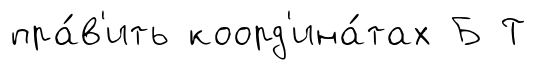
пра́в'ить коорд'ина́тах Б Т